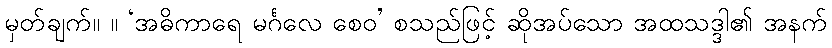
မှတ်ချက်။ ။ ‘အဓိကာရေ မင်္ဂလေ စေဝ’ စသည်ဖြင့် ဆိုအပ်သော အထသဒ္ဒါ၏ အနက်